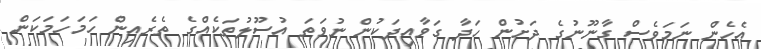
އެހެން ނަމަވެސް ގާނޫނުގެ ދަށުން ހަދާ ގަވާއިދަކުން ނުވަތަ އުސޫލުތަކެއްގެ ތެރެއިން ހަމަހަމަކަން